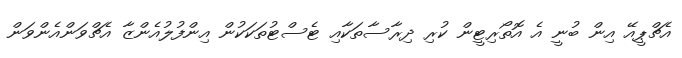
އެޗްޕީއޭ އިން ބުނީ އެ އޮތޯރިޓީން ކުރި ދިރާސާތަކާއި ޓެސްޓުތަކަކުން އިންފުލުއެންޒާ އެޗްވަންއެންވަން